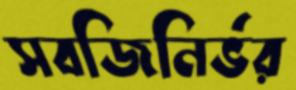
সবজিনির্ভর